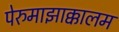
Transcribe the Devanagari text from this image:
पेरुमाझाक्कालम